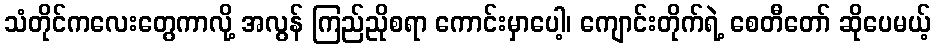
သံတိုင်ကလေးတွေကာလို့ အလွန် ကြည်ညိုစရာ ကောင်းမှာပေါ့၊ ကျောင်းတိုက်ရဲ့ စေတီတော် ဆိုပေမယ့်